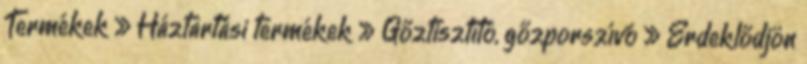
Termékek » Háztartási termékek » Gőztisztító, gőzporszívó » Érdeklődjön